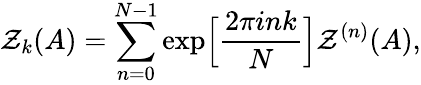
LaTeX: {\cal Z}_{k}(A)=\sum_{n=0}^{N-1}\exp\Bigl[\frac{2\pi ink}{N}\Bigr]{\cal Z}^{(n)}(A),